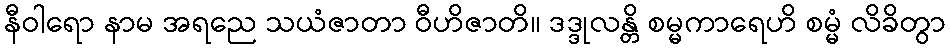
နီဝါရော နာမ အရညေ သယံဇာတာ ဝီဟိဇာတိ။ ဒဒ္ဒုလန္တိ စမ္မကာရေဟိ စမ္မံ လိခိတွာ